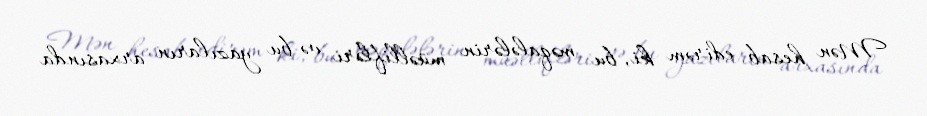
Mən hesab edirəm ki, bu məqalələrin müəllifləri və bu yazıların arxasında